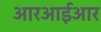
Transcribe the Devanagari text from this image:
आरआईआर